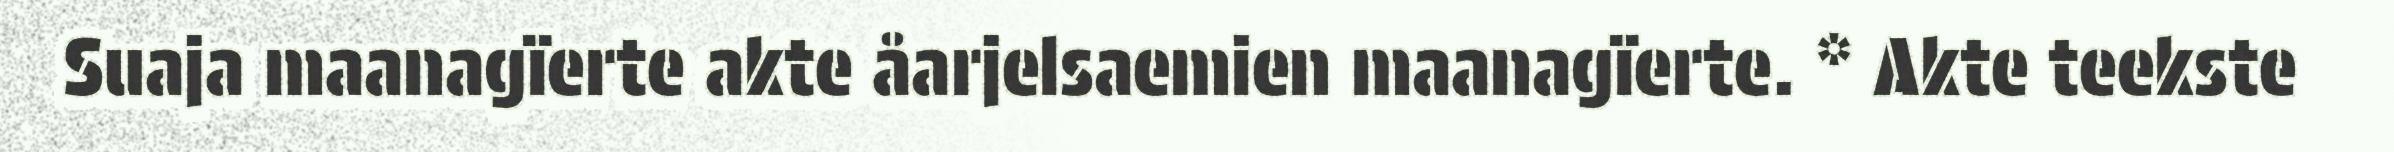
Suaja maanagïerte akte åarjelsaemien maanagïerte. * Akte teekste